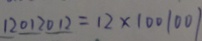
1 2 0 1 2 0 1 2 = 1 2 \times 1 0 0 1 0 0 1